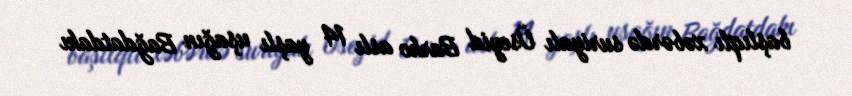
başlıqlı xəbərdə suriyalı Üseyid Barho aslı 14 yaşlı uşağın Bağdatdakı